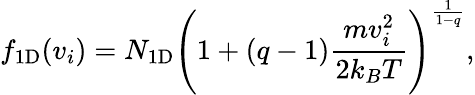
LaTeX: f_{\mathrm{1D}}(v_{i})=N_{\mathrm{1D}}\left(1+(q-1)\frac{mv_{i}^{2}}{2k_{B}T}\right)^{\frac{1}{1-q}},